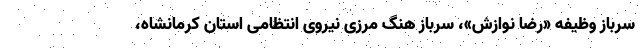
سرباز وظیفه «رضا نوازش»، سرباز هنگ مرزی نیروی انتظامی استان کرمانشاه،